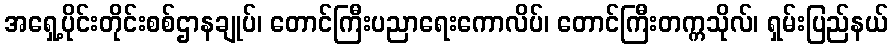
အရှေ့ပိုင်းတိုင်းစစ်ဌာနချုပ်၊ တောင်ကြီးပညာရေးကောလိပ်၊ တောင်ကြီးတက္ကသိုလ်၊ ရှမ်းပြည်နယ်